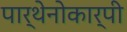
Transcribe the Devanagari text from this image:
पार्थेनोकार्पी